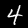
Label: 4